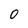
Character: O